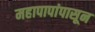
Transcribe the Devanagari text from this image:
महापापांपासून